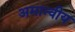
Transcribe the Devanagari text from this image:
अमान्वीय